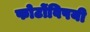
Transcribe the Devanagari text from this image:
फोटोंविषयी